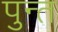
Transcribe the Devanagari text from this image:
पुन्त